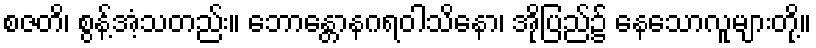
စဇတိ၊ စွန့်အံ့သတည်း။ ဘောန္တောနဂရဝါသိနော၊ အိုပြည်၌ နေသောလူများတို့။